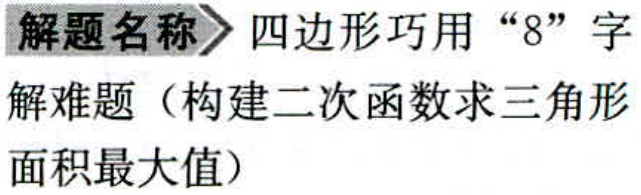
解题名称 四边形巧用“8”字
解难题（构建二次函数求三角形
面积最大值）